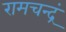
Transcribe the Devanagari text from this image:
रामचन्द्रं